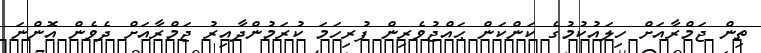
ތިން ޖަމްރާއަށް ހިލައުކުމުގެ ކަންކަން ޙައްޖުވެރިން ފުރިހަމަ ކުރަމުންދާއިރު ޖަމްރާއަށް ދެވެން އޮންނަ